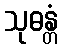
သုဓန္တံ